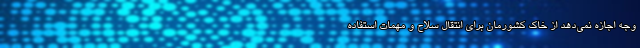
وجه اجازه نمی‌دهد از خاک کشورمان برای انتقال سلاح و مهمات استفاده